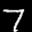
Label: 7